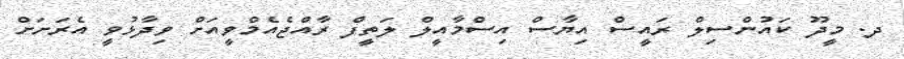
ދ. މީދޫ ކައުންސިލް ރައީސް އިޔާސް އިސްމާއީލް ލަތީފް ރާއްޖެއެމްވީއަށް ވިދާޅުވީ އެރަށަށް